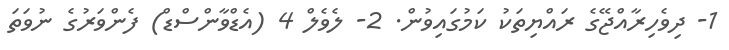
1- ދިވެހިރާއްޖޭގެ ރައްޔިތަކު ކަމުގައިވުން. 2- ލެވެލް 4 (އެޑްވާންސްޑް) ފެންވަރުގެ ނުވަތަ